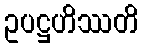
ဥပဋ္ဌဟိဿတိ